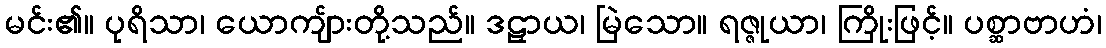
မင်း၏။ ပုရိသာ၊ ယောကျ်ားတို့သည်။ ဒဠှာယ၊ မြဲသော။ ရဇ္ဇုယာ၊ ကြိုးဖြင့်။ ပစ္ဆာဗာဟံ၊